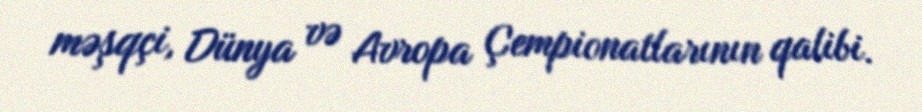
məşqçi, Dünya və Avropa Çempionatlarının qalibi.